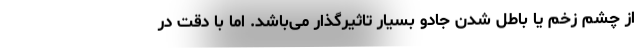
از چشم زخم یا باطل شدن جادو بسیار تاثیرگذار می‌باشد. اما با دقت در